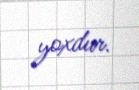
yoxdur.